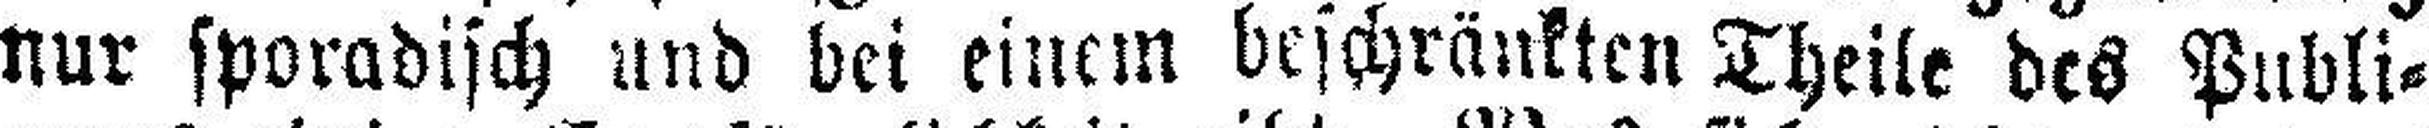
nur sporadisch und bei einem beschränkten Theile des Publi¬